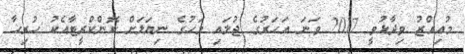
މުއިއްޒު ވިދާޅުވީ 2017 ވަނަ އަހަރުގެ ޖުލައި މަހުގެ ނިޔަލަށް ކޮންކްރީޓާއެކު ހުރިހާ